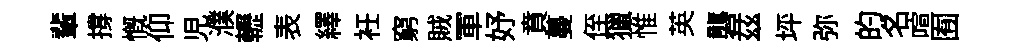
輩撐慨仰児濮轣表繹衽窮賊軍妤賁蔓侄獵惟英礱兹坪弥的名喧囿